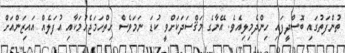
ތުންފަތުގައި ބޮސްދީފައި ހިންދެމިލިއެވެ. އޭނާގެ މަޤްސަދަކަށްވީ ކުޑަ ނަމަވެސް ހިތްހަމަޖެހުމަކާއި އުފަލެއް އައިޒަންއަށް